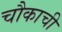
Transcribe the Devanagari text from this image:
चौकाची